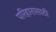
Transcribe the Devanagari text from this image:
परिहारासाठी